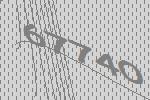
67740